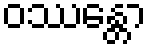
ဝဿန္တော